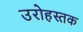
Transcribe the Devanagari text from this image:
उरोहस्तक